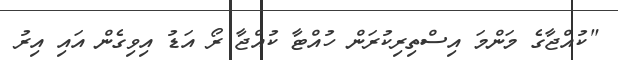
"ކުއްޖާގެ މަންމަ އިސްތިރިކުރަން ހުއްޓާ ކުއްޖާ ރޯ އަޑު އިވިގެން އައި އިރު